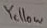
Text: Yellow